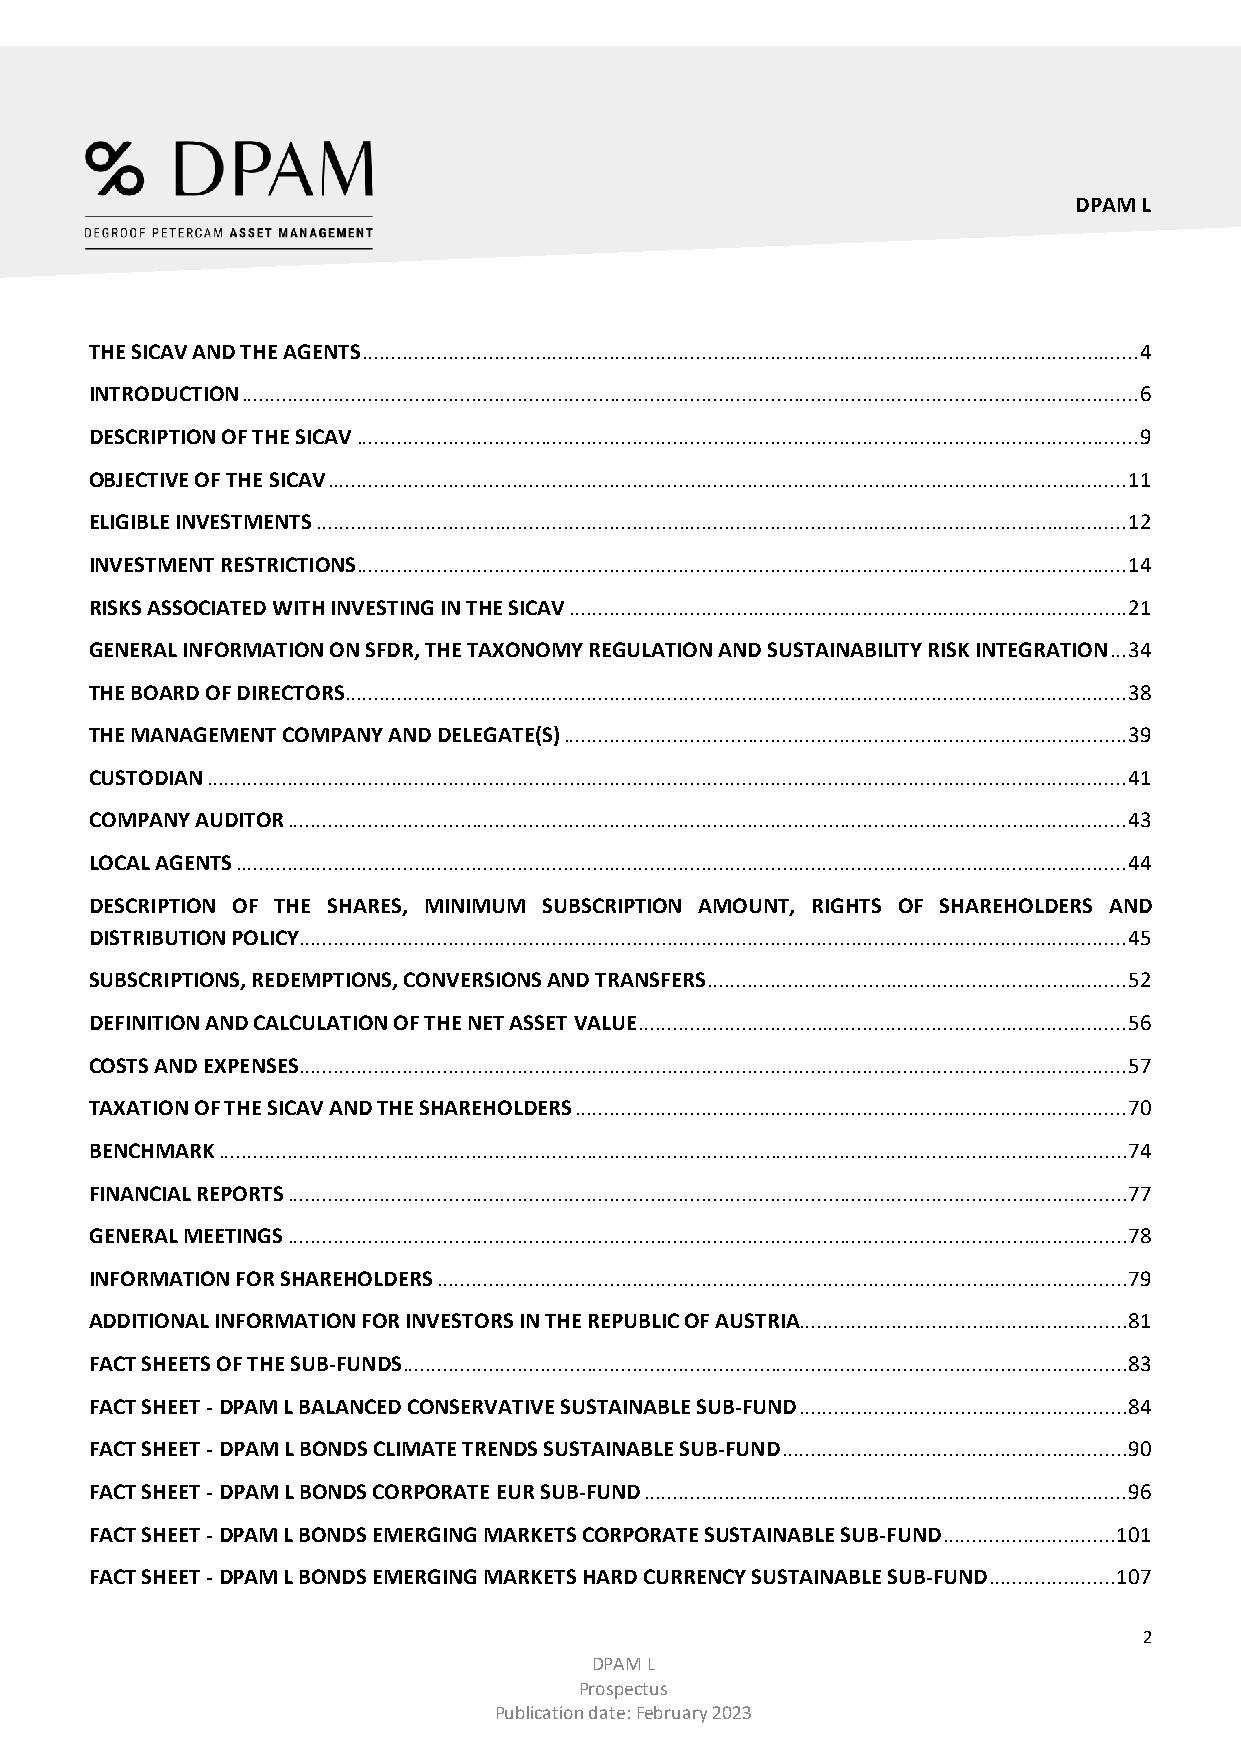
DPAM L
 THE SICAV AND THE AGENTS ....................................................................................................................................... 4
 INTRODUCTION ............................................................................................................................................................ 6
 DESCRIPTION OF THE SICAV ........................................................................................................................................ 9
 OBJECTIVE OF THE SICAV ........................................................................................................................................... 11
 ELIGIBLE INVESTMENTS ............................................................................................................................................. 12
 INVESTMENT RESTRICTIONS ...................................................................................................................................... 14
 RISKS ASSOCIATED WITH INVESTING IN THE SICAV ................................................................................................. 21
 GENERAL INFORMATION ON SFDR, THE TAXONOMY REGULATION AND SUSTAINABILITY RISK INTEGRATION ... 34
 THE BOARD OF DIRECTORS ........................................................................................................................................ 38
 THE MANAGEMENT COMPANY AND DELEGATE(S) .................................................................................................. 39
 CUSTODIAN ................................................................................................................................................................ 41
 COMPANY AUDITOR .................................................................................................................................................. 43
 LOCAL AGENTS ........................................................................................................................................................... 44
 DESCRIPTION OF THE SHARES, MINIMUM SUBSCRIPTION AMOUNT, RIGHTS OF SHAREHOLDERS AND
 DISTRIBUTION POLICY................................................................................................................................................ 45
 SUBSCRIPTIONS, REDEMPTIONS, CONVERSIONS AND TRANSFERS ......................................................................... 52
 DEFINITION AND CALCULATION OF THE NET ASSET VALUE ..................................................................................... 56
 COSTS AND EXPENSES ................................................................................................................................................ 57
 TAXATION OF THE SICAV AND THE SHAREHOLDERS ................................................................................................ 70
 BENCHMARK .............................................................................................................................................................. 74
 FINANCIAL REPORTS .................................................................................................................................................. 77
 GENERAL MEETINGS .................................................................................................................................................. 78
 INFORMATION FOR SHAREHOLDERS ........................................................................................................................ 79
 ADDITIONAL INFORMATION FOR INVESTORS IN THE REPUBLIC OF AUSTRIA......................................................... 81
 FACT SHEETS OF THE SUB-FUNDS .............................................................................................................................. 83
 FACT SHEET - DPAM L BALANCED CONSERVATIVE SUSTAINABLE SUB-FUND ......................................................... 84
 FACT SHEET - DPAM L BONDS CLIMATE TRENDS SUSTAINABLE SUB-FUND ............................................................ 90
 FACT SHEET - DPAM L BONDS CORPORATE EUR SUB-FUND .................................................................................... 96
 FACT SHEET - DPAM L BONDS EMERGING MARKETS CORPORATE SUSTAINABLE SUB-FUND .............................. 101
 FACT SHEET - DPAM L BONDS EMERGING MARKETS HARD CURRENCY SUSTAINABLE SUB-FUND ...................... 107
 2
 DPAM L
 Prospectus
 Publication date: February 2023